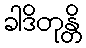
ခါဒိတုန္တိ